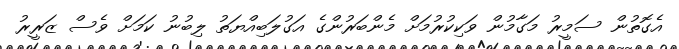
އެގޮތުން ސަމީރު މަގާމުން ވަކިކުރުމަށް މެންބަރުންގެ އަގުލަބިއްޔަތު ލިބުނު ކަމަށް ވެސް ޒަރީރު